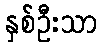
နှစ်ဦးသာ